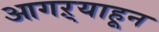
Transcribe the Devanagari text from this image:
आगऱ्याहून